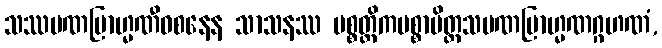
သဿမဏဗြာဟ္မဏီဝစနေန သာသနဿ ပစ္စတ္ထိကပစ္စာမိတ္တသမဏဗြာဟ္မဏဂ္ဂဟဏံ,